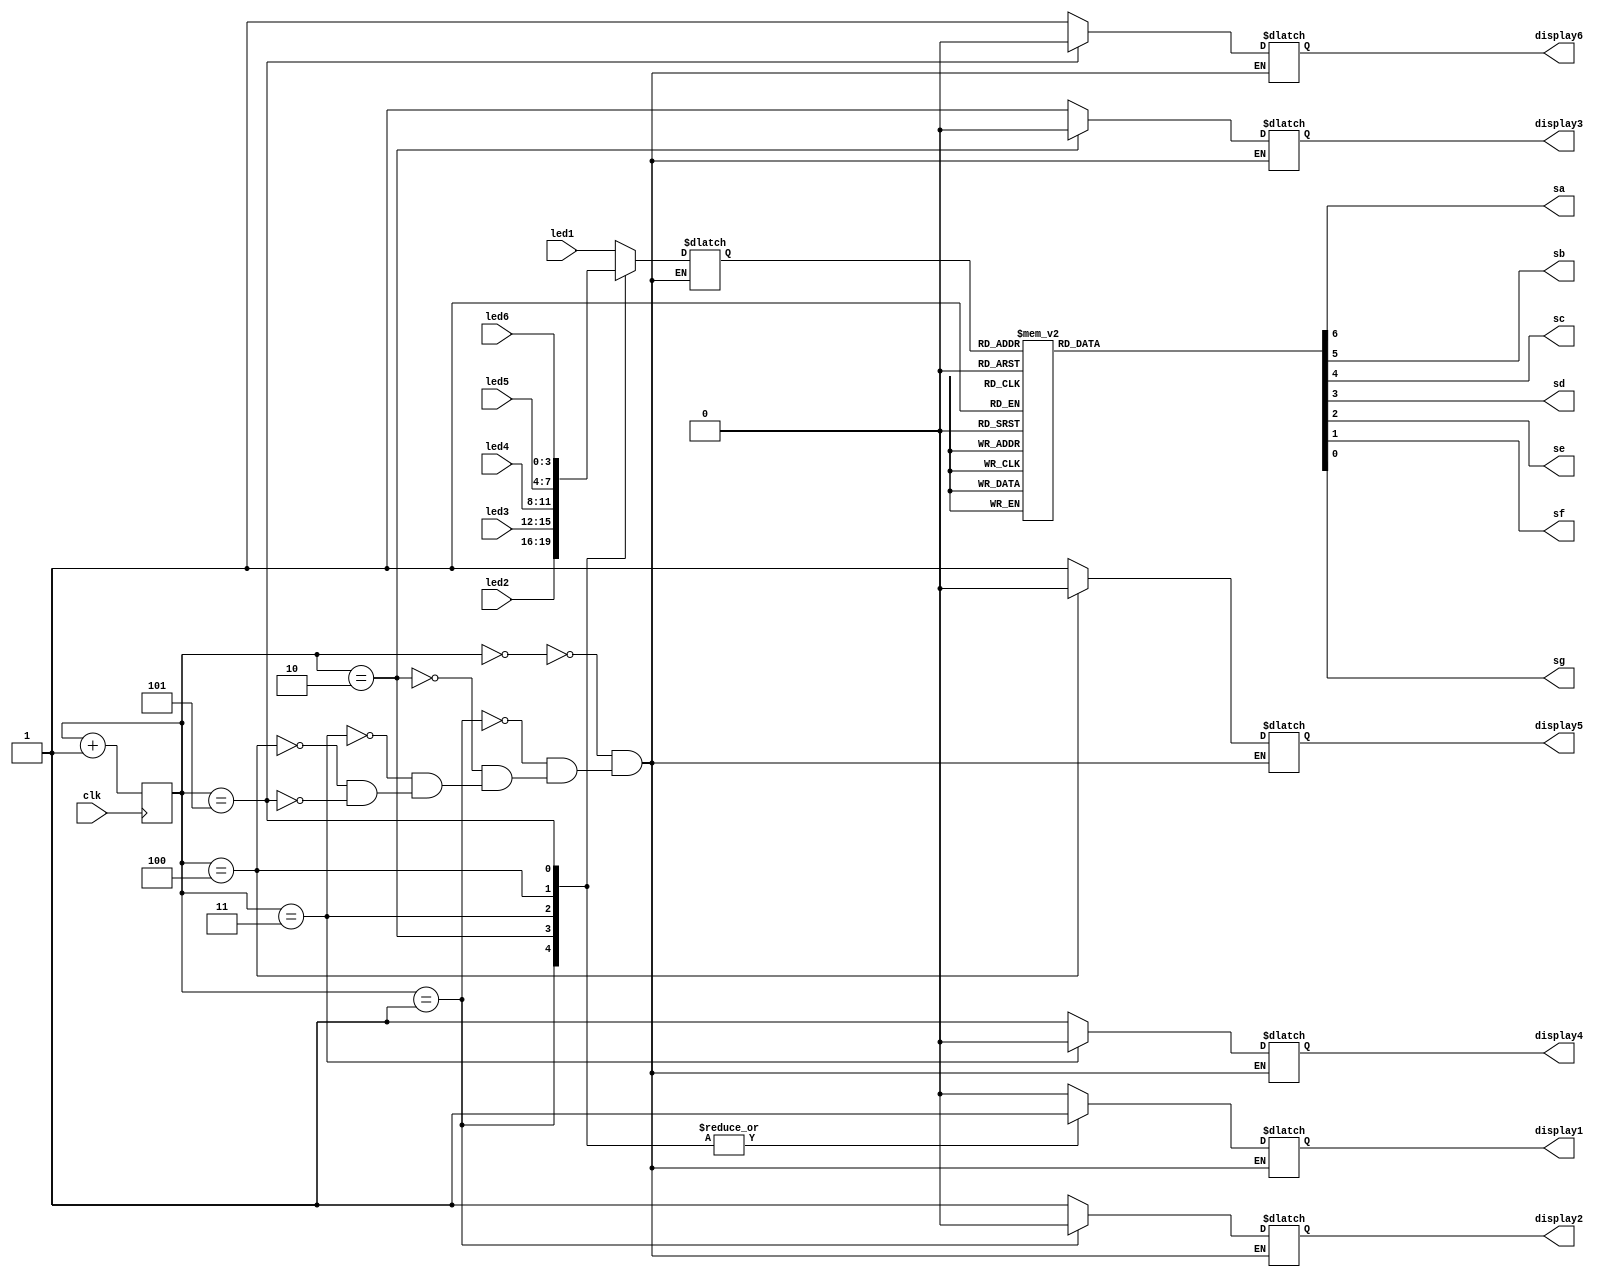
module multi_led(
    input clk,
    input [3:0] led1, led2, led3, led4, led5, led6,
    output reg sa, sb, sc, sd, se, sf, sg,
    output reg display1, display2, display3, display4, display5, display6
    );
    initial
        select <= 3'b000;
    
    reg [2:0] select;
    always @(posedge clk)
        select <= select + 3'b001;
        
    reg [3:0] led;
    always @(select, led1, led2, led3, led4, led5, led6)
        case(select)
        3'b000:
            begin
            display6 <= 1;
            display5 <= 1;
            display4 <= 1;
            display3 <= 1;
            display2 <= 1;
            display1 <= 0;
            led <= led1;
            end
        3'b001:
            begin
            display6 <= 1;
            display5 <= 1;
            display4 <= 1;
            display3 <= 1;
            display2 <= 0;
            display1 <= 1;
            led <= led2;
            end
        3'b010:
            begin
            display6 <= 1;
            display5 <= 1;
            display4 <= 1;
            display3 <= 0;
            display2 <= 1;
            display1 <= 1;
            led <= led3;
            end
        3'b011:
            begin
            display6 <= 1;
            display5 <= 1;
            display4 <= 0;
            display3 <= 1;
            display2 <= 1;
            display1 <= 1;
            led <= led4;
            end
        3'b100:
            begin
            display6 <= 1;
            display5 <= 0;
            display4 <= 1;
            display3 <= 1;
            display2 <= 1;
            display1 <= 1;
            led <= led5;
            end
        3'b101:
            begin
            display6 <= 0;
            display5 <= 1;
            display4 <= 1;
            display3 <= 1;
            display2 <= 1;
            display1 <= 1;
            led <= led6;
            end
    endcase
    always @(led)
           case(led)                               //abcdefg
               4'b0000: {sa,sb,sc,sd,se,sf,sg} <= 7'b0000001;  // 0
               4'b0001: {sa,sb,sc,sd,se,sf,sg} <= 7'b1001111;  // 1
               4'b0010: {sa,sb,sc,sd,se,sf,sg} <= 7'b0010010;  // 2
               4'b0011: {sa,sb,sc,sd,se,sf,sg} <= 7'b0000110;  // 3
               4'b0100: {sa,sb,sc,sd,se,sf,sg} <= 7'b1001100;  // 4
               4'b0101: {sa,sb,sc,sd,se,sf,sg} <= 7'b0100100;  // 5
               4'b0110: {sa,sb,sc,sd,se,sf,sg} <= 7'b0100000;  // 6
               4'b0111: {sa,sb,sc,sd,se,sf,sg} <= 7'b0001111;  // 7
               4'b1000: {sa,sb,sc,sd,se,sf,sg} <= 7'b0000000;  // 8
               4'b1001: {sa,sb,sc,sd,se,sf,sg} <= 7'b0000100;  // 9
               4'b1010: {sa,sb,sc,sd,se,sf,sg} <= 7'b0001000;  // a
               4'b1011: {sa,sb,sc,sd,se,sf,sg} <= 7'b1100000;  // b
               4'b1100: {sa,sb,sc,sd,se,sf,sg} <= 7'b0110001;  // c
               4'b1101: {sa,sb,sc,sd,se,sf,sg} <= 7'b1000010;  // d
               4'b1110: {sa,sb,sc,sd,se,sf,sg} <= 7'b0110000;  // e
               4'b1111: {sa,sb,sc,sd,se,sf,sg} <= 7'b0111000;  // f
               default: {sa,sb,sc,sd,se,sf,sg} <= 7'b1111111;  // -
           endcase
         
endmodule